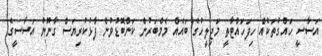
އަސާސީ ހައްގުތަކެއް ހިފަހައްޓާތީ މަޖިލީހުގެ ބައެއް މެމްބަރުން ކަންބޮޑުވުން ފާޅުކުރިޔަސް ގާނޫނު އަސާސީގެ